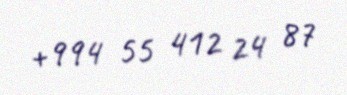
+994 55 412 24 87